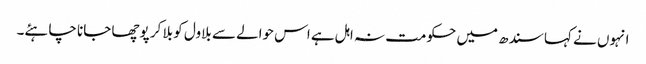
انہوں نے کہا سندھ میں حکومت نہ اہل ہے اس حوالے سے بلاول کو بلا کر پوچھا جانا چاہئے۔